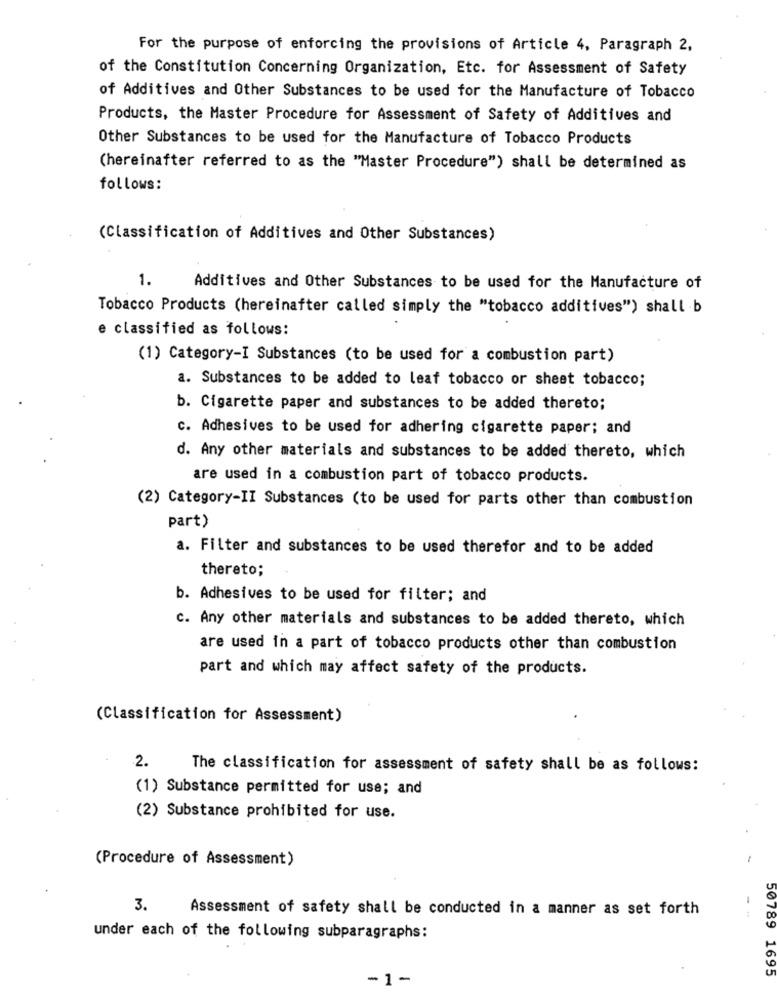
For the purpose of enforcing the provisions of Article 4, Paragraph 2,
of the Constitution Concerning Organization, Etc. for Assessment of Safety
of Additives and Other Substances to be used for the Manufacture of Tobacco
Products, the Master Procedure for Assessment of Safety of Additives and
Other Substances to be used for the Manufacture of Tobacco Products
(hereinafter referred to as the "Master Procedure") shall be determined as
follows:
(Classification of Additives and Other Substances)
1.
Additives and Other Substances to be used for the Manufacture of
Tobacco Products (hereinafter called simply the "tobacco additives") shall b
e classified as follows:
(1) Category-I Substances (to be used for a combustion part)
a. Substances to be added to leaf tobacco or sheet tobacco;
b. Cigarette paper and substances to be added thereto;
c. Adhesives to be used for adhering cigarette paper; and
d. Any other materials and substances to be added thereto, which
are used in a combustion part of tobacco products.
(2) Category-II Substances (to be used for parts other than combustion
part)
a. Filter and substances to be used therefor and to be added
thereto;
b. Adhesives to be used for filter; and
c. Any other materials and substances to be added thereto, which
are used in a part of tobacco products other than combustion
part and which may affect safety of the products.
(Classification for Assessment)
2.
The classification for assessment of safety shall be as follows:
(1) Substance permitted for use; and
(2) Substance prohibited for use.
(Procedure of Assessment)
-
3.
Assessment of safety shall be conducted in a manner as set forth
under each of the following subparagraphs:
50789 1695
-1 -